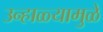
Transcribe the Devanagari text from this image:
उन्हाळ्यामुळे